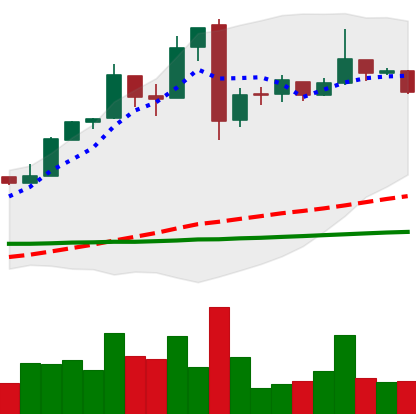
Ticker: BTC-USD
Chart end date: 2016-11-12
Forward return: 5.095%
Label: up_5_7